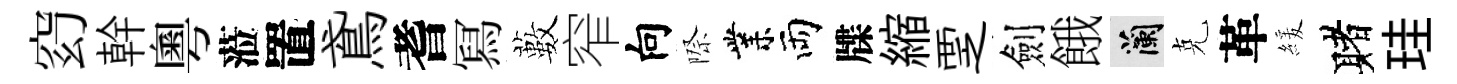
𥥆幹粵蒞置鳶耆冩藪窄向際業両牒縮覂劍餓蘭克革緩赌珪